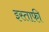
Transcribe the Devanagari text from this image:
इस्ताफी